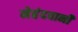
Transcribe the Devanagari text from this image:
मेहंदवानी